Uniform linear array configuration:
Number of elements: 12
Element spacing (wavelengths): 1
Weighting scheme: blackman
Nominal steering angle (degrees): -30
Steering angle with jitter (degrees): -29.197
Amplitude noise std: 0.05
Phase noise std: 0.05

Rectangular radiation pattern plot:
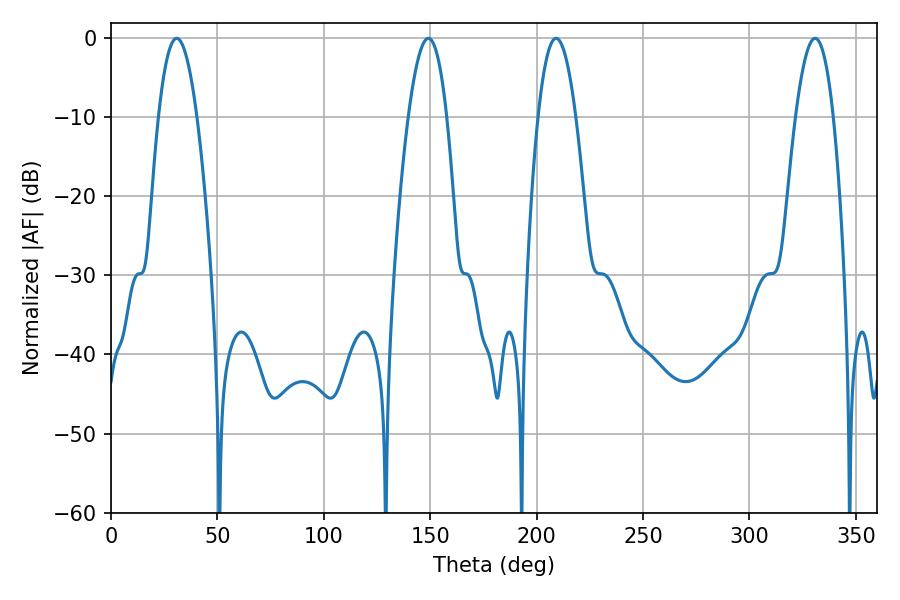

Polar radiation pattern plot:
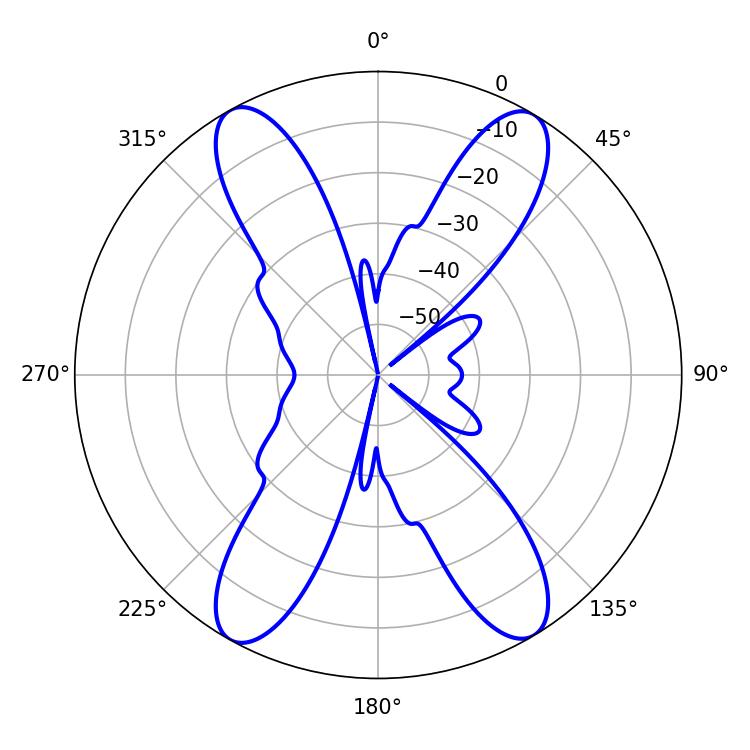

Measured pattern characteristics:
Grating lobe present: TRUE
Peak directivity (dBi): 21.951
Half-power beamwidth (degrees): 9.9
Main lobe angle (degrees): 330.84